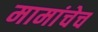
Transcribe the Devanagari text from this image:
मामांचेच